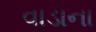
વાડાના